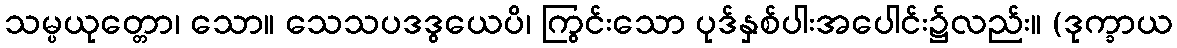
သမ္ပယုတ္တော၊ သော။ သေသပဒဒွယေပိ၊ ကြွင်းသော ပုဒ်နှစ်ပါးအပေါင်း၌လည်း။ (ဒုက္ခာယ